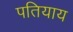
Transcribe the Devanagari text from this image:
पतियाय